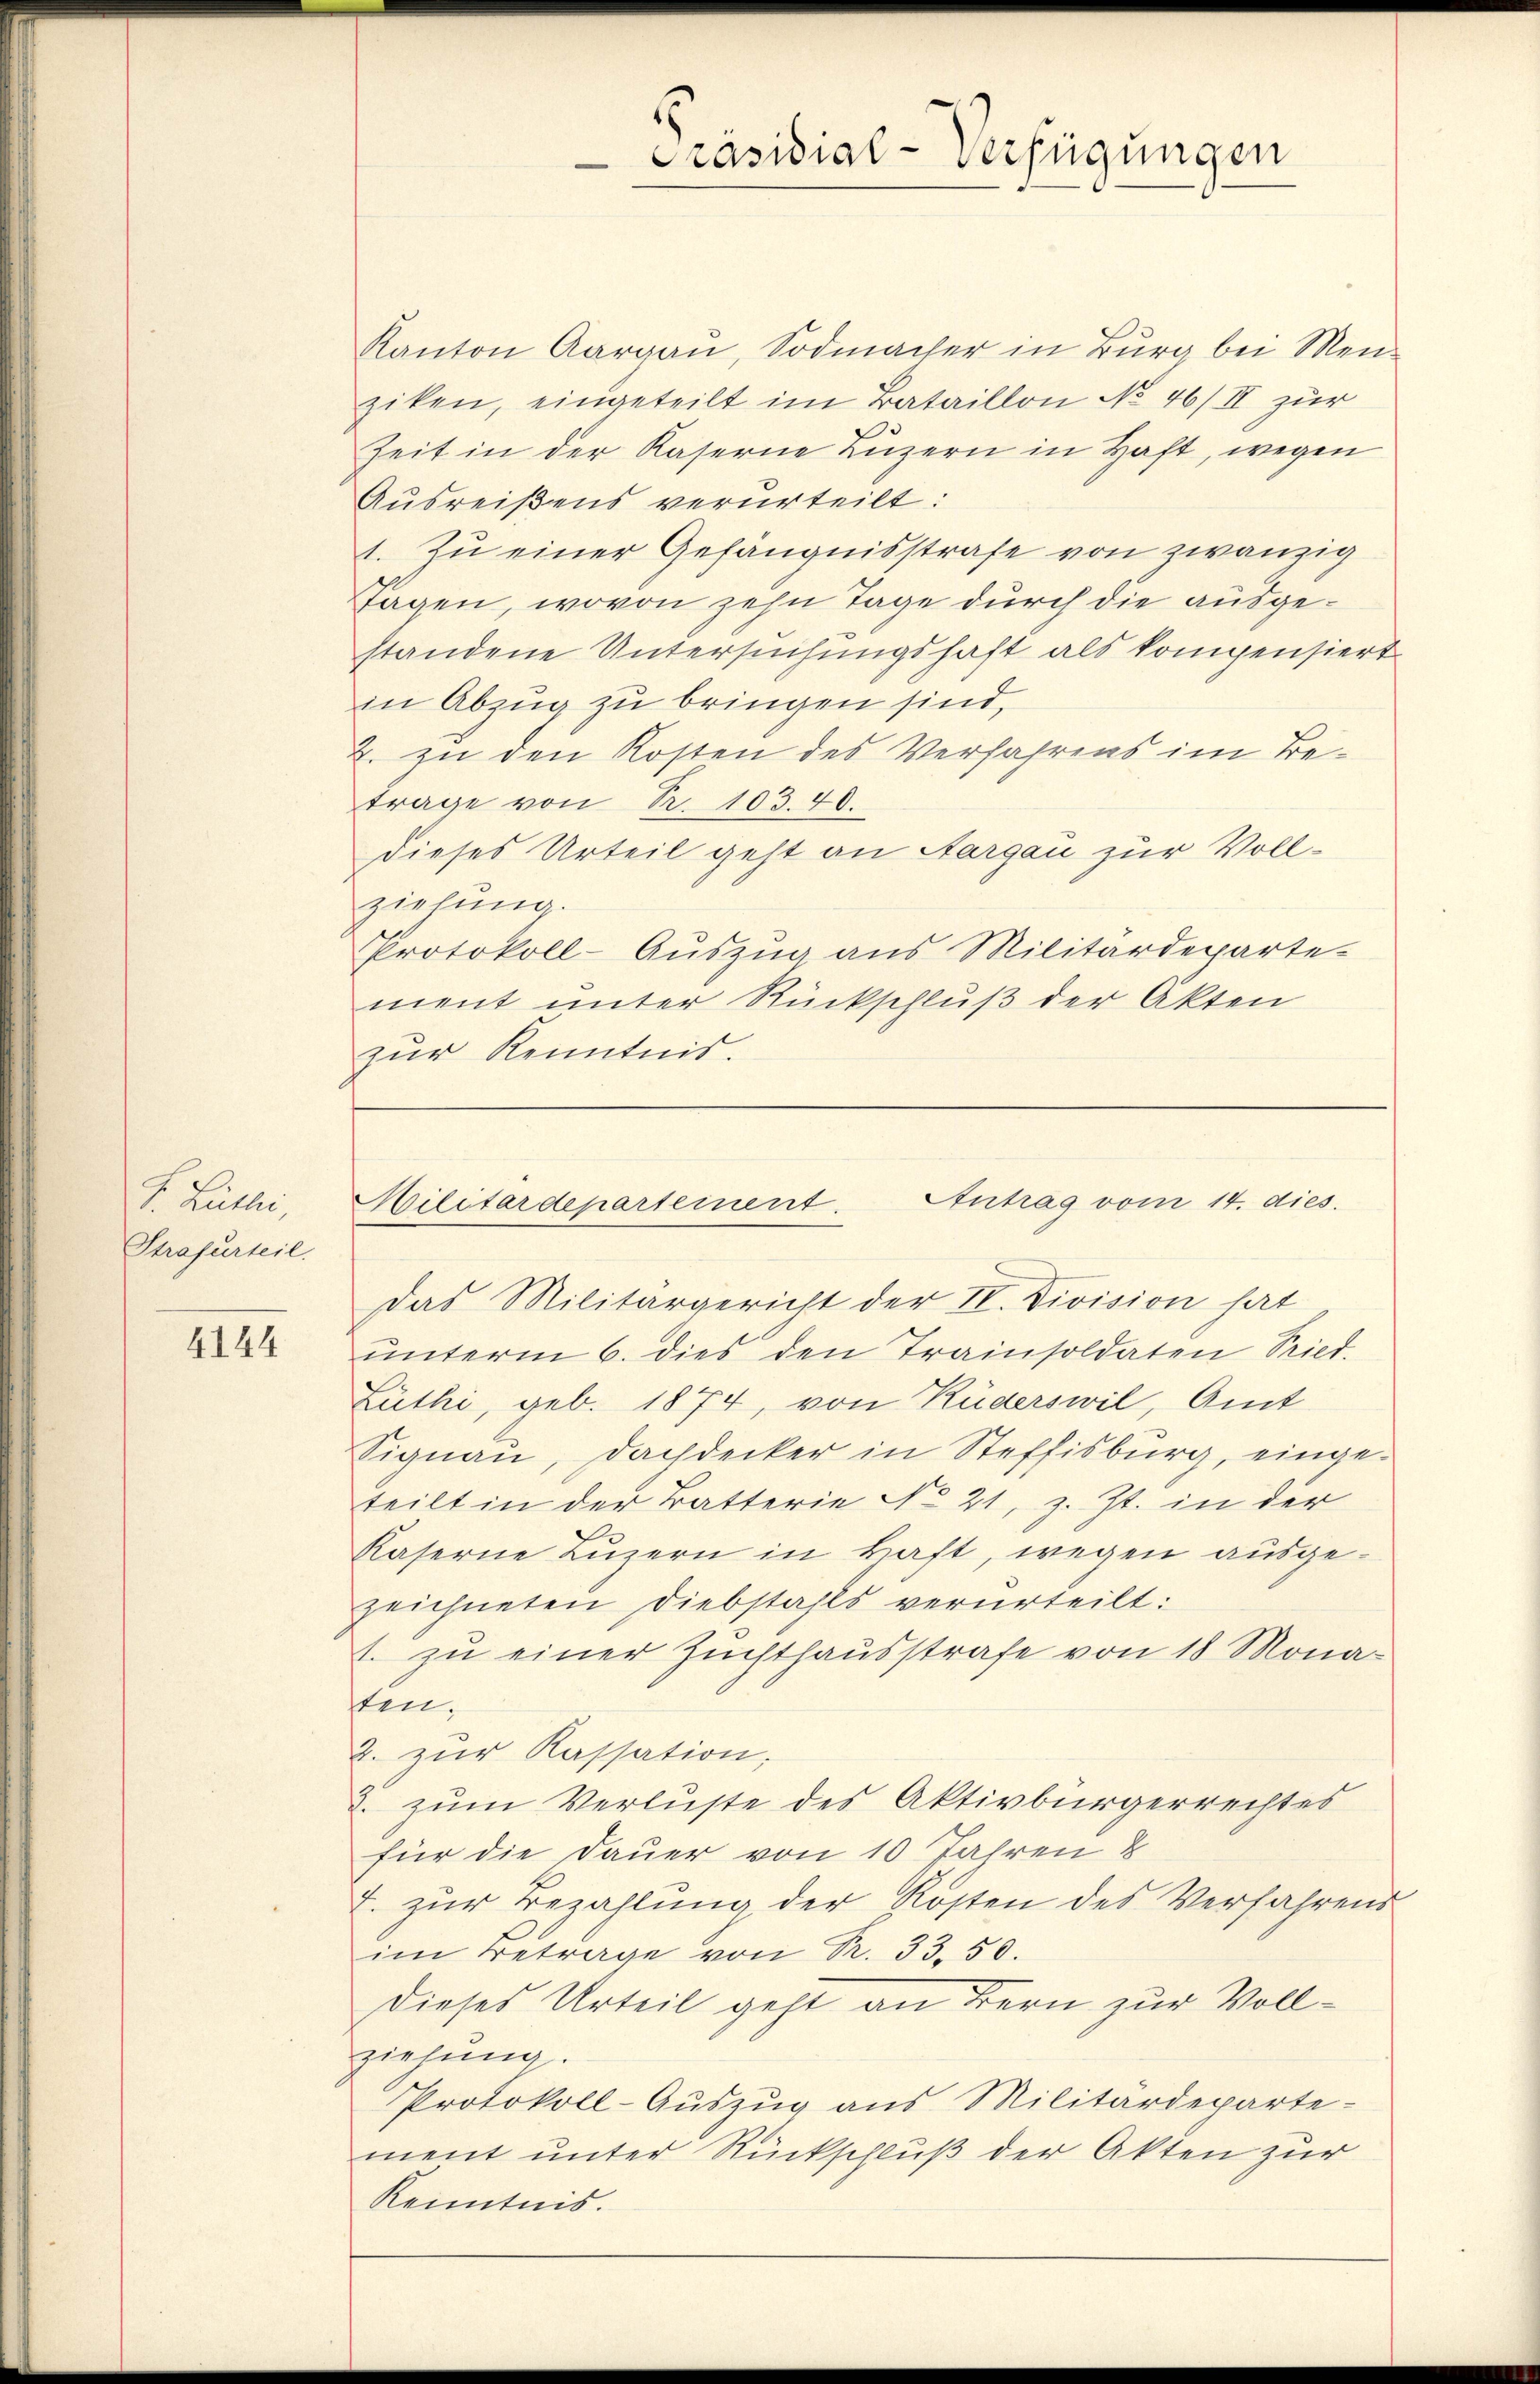
R. Galle
Strafurteil.

4144

Kanton Aargau, Sodmacher in Burg bei Menziken, eingeteilt im Bataillon No 46/II zur
Zeit in der Kaserne Luzern in Haft, wegen
Ausreißens verurteilt:
1. Zu einer Gefängnisstrafe von zwanzig
Tagen, wovon zehn Tage durch die ausgestandene Untersuchungshaft als kompensiert
in Abzug zu bringen sind,
2. zu den Kosten des Verfahrens im Betrage von R. 103. 40.
dieses Urteil geht an Aargau zur Vollzielung.
Protokoll-Auszug aus Militärdeparte-
ment unter Rückschluß der Akten
zur Kenntnis.

Das Militärgericht der IV. Division hat
ŭnterm 6. dies den Trainsoldaten Sriet.
Lüthi, geb. 1874, von Küderswil, Amt
Signau, Dachdecker in Steffisburg, eingeteilt in der Batterie No 21, z. Zt. in der
Kaserne Luzern in kraft, wegen ausgezeichneten Diebstahls verurteilt:
1. zu einer Zuchthausstrafe von 18 Monaten.
2. zŭr Kassation,
2. zum Verluste des Aktivbürgerrechtes
für die Dauer von 10 Jahren 8
T. zur Bezahlung der Kosten des Verfahrens
im Betrage von R. 33. 50.
Dieses Urteil geht an Bern zur Vollziehung.
Protokoll-Auszug aus Militärdeparte-
ment unter Rückschluß der Akten zur
Kenntnis.

Präsidial-Verfügungen

Militärdepartement. Antrag vom 14. dies